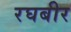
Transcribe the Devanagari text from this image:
रघबीर